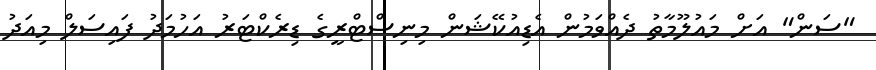
"ސަން" އަށް މައުލޫމާތު ދެއްވަމުން އެޑިއުކޭޝަން މިނިސްޓްރީގެ ޑިރެކްޓަރު އަހުމަދު ފައިސަލް މިއަދު